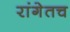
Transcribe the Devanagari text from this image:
रांगेतच